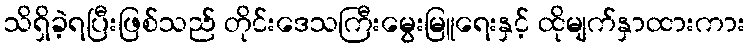
သိရှိခဲ့ရပြီးဖြစ်သည် တိုင်းဒေသကြီးမွေးမြူရေးနှင့် ထိုမျက်နှာထားကား